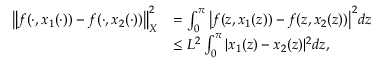
\begin{array} { r l } { \big \| f ( \cdot , x _ { 1 } ( \cdot ) ) - f ( \cdot , x _ { 2 } ( \cdot ) ) \big \| _ { X } ^ { 2 } } & { = \int _ { 0 } ^ { \pi } \big | f ( z , x _ { 1 } ( z ) ) - f ( z , x _ { 2 } ( z ) ) \big | ^ { 2 } d z } \\ & { \leq L ^ { 2 } \int _ { 0 } ^ { \pi } | x _ { 1 } ( z ) - x _ { 2 } ( z ) | ^ { 2 } d z , } \end{array}